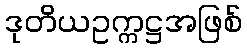
ဒုတိယဥက္ကဋ္ဌအဖြစ်